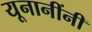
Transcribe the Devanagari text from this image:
यूनानींनी